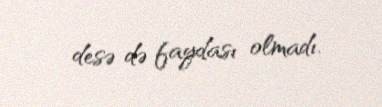
desə də faydası olmadı.